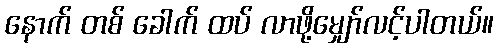
နောက် တစ် ခေါက် ထပ် လာဖို့မျှော်လင့်ပါတယ်။